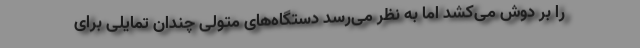
را بر دوش می‌کشد اما به نظر می‌رسد دستگاه‌های متولی چندان تمایلی برای